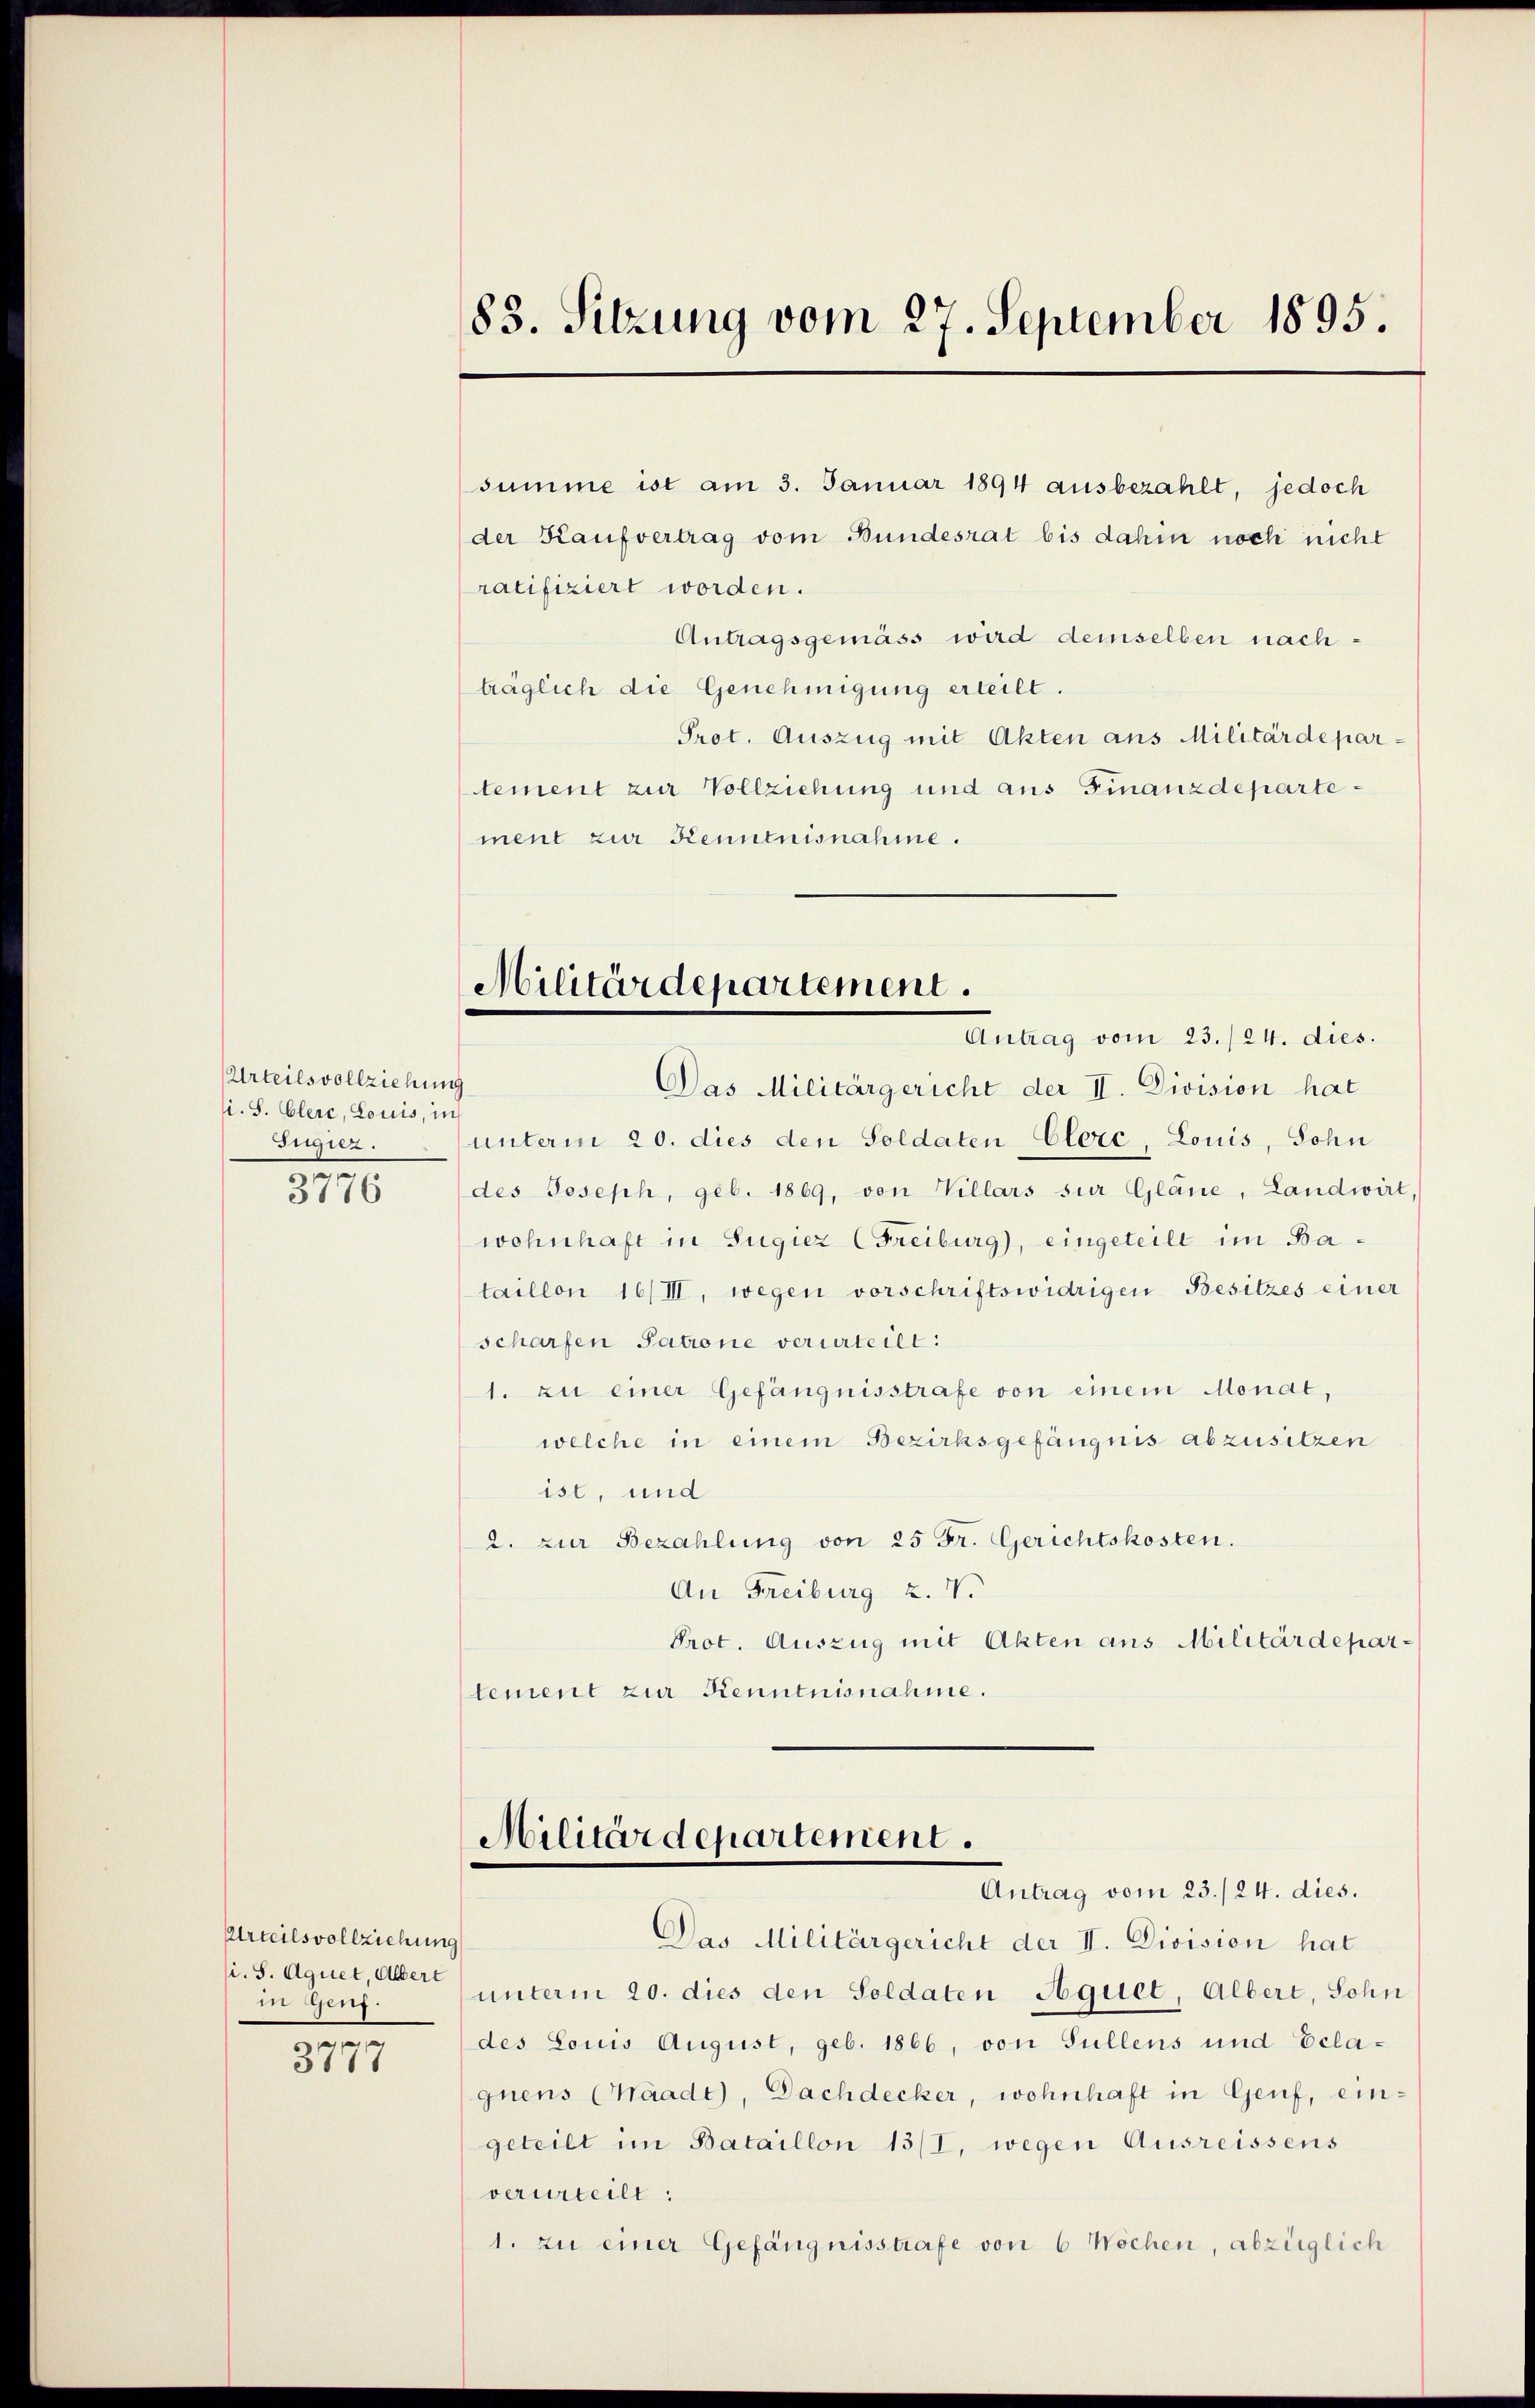
Urteilsvollziehung
li. S. Clerc, Louis, in
Tugiez.

3776

summe ist am 3. Januar 1894 ausbezahlt, jedoch
der Kaufvertrag vom Bundesrat bis dahin noch nicht
ratifiziert worden.
Antragsgemäss wird demselben nachträglich die Genehmigung erteilt.
Prot. Auszug mit Akten aus Militärdepartement zur Vollziehung und aus Finanzdepartement zur Kenntnisnahme.

Urteilsvollziehung
si. S. Aquet, Albert
in Genf.

e
371

83. Sitzung vom 27. September 1895.

Antrag vom 23./24. dies.
Das Militärgericht der II. Division hat
unterm 20. dies den Soldaten-Clerc, Louis, Sohn
des Joseph, geb. 1869, von Villars sur Gläne, Landwirt,
wohnhaft in Sugiez (Freiburg), eingeteilt im Bataillon 16/III, wegen vorschriftswidrigen Besitzes einer
scharfen Satione verurteilt:
1. zu einer Gefängnisstrafe von einem Monat,
welche in einem Bezirksgefängnis abzusitzen
ist, und
2. zur Bezahlung von 25 Fr. Gerichtskosten.
An Freiburg 2. V.
Prot. Auszug mit Akten aus Militärdepar
tement zur Kenntnisnahme.

Militärdepartement.

Militärdepartement.

Antrag vom 23./24. dies.
Das Militärgericht der II. Division hat
unterm 20. dies den Soldaten Aquet, Albert, Sohn
des Louis August, geb. 1866, von Sullens und Eclaquens (Waadt), Dachdecker, wohnhaft in Genf, eingeteilt im Bataillon 13/I, wegen Ausreissens
verurteilt:
1. zu einer Gefängnisstrafe von 6 Wochen, abzüglich